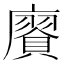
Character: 𢋫